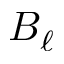
B _ { \ell }